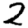
Digit: 2